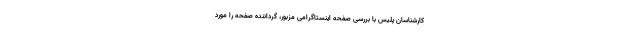
کارشناسان پلیس با بررسی صفحه اینستاگرامی مزبور، گرداننده صفحه را مورد